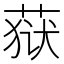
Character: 𮶩